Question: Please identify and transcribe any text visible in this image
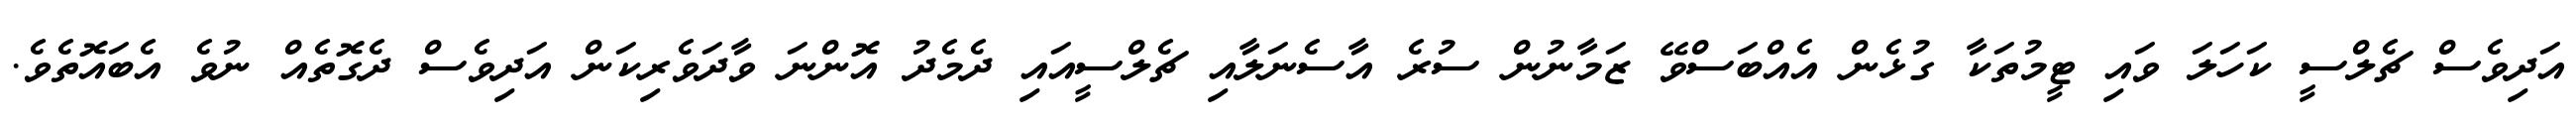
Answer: އަދިވެސް ޗެލްސީ ކަހަލަ ވައި ޓީމުތަކާ ގުޅެން އެއްބަސްވޭ ޒަމާނުން ސުރެ އާސެނަލާއި ޗެލްސީއައި ދެމެދު އޮންނަ ވާދަވެރިކަން އަދިވެސް ދެގޮތެއް ނުވެ އެބައޮތެވެ.